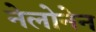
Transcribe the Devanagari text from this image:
नेलोनेन